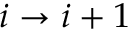
i \to i + 1